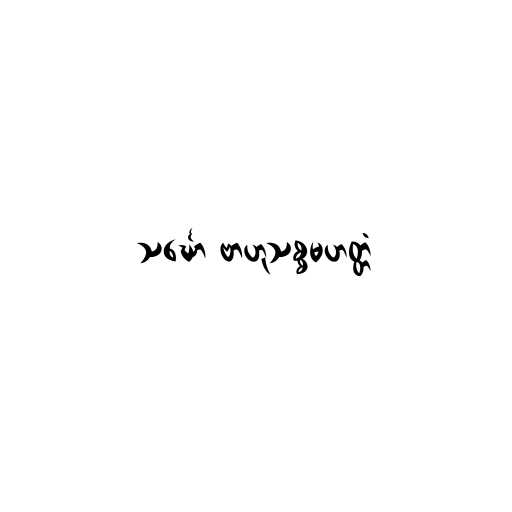
သင်္ဃော ဗာဟုသစ္စမဟတ္တံ